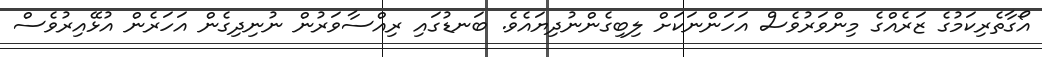
އޯގާތެރިކަމުގެ ޒަރެއްގެ މިންވަރުވެސް އަހަންނަކަށް ލިބިގެންނުދިޔައެވެ. ބަނޑުގައި ރިއްސާވަރުން ނުނިދިގެން އަހަރެން އުޅޭއިރުވެސް